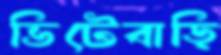
ভিটেবাড়ি